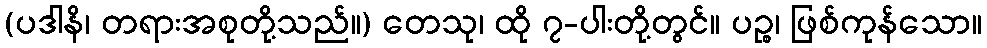
(ပဒါနိ၊ တရားအစုတို့သည်။) တေသု၊ ထို ၇-ပါးတို့တွင်။ ပဉ္စ၊ ဖြစ်ကုန်သော။